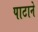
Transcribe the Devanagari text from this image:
पाटाने